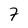
Character: 7